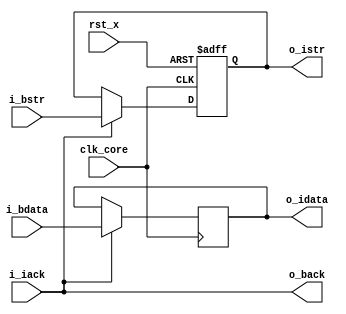
// This program was cloned from: https://github.com/Kenji-Ishimaru/polyphony
// License: MIT License

//=======================================================================
// Project Polyphony
//
// File:
//   fm_3d_mu_cif.v
//
// Abstract:
//   Memory interconnect command interface in 3d core
//
//  Created:
//    9 October 2008
//
// Copyright (c) 2008  Kenji Ishimaru, All rights reserved.
//
//======================================================================
//
// Copyright (c) 2020, Kenji Ishimaru
// All rights reserved.
//
// Redistribution and use in source and binary forms, with or without
// modification, are permitted provided that the following conditions are met:
//
//  -Redistributions of source code must retain the above copyright notice,
//   this list of conditions and the following disclaimer.
//  -Redistributions in binary form must reproduce the above copyright notice,
//   this list of conditions and the following disclaimer in the documentation
//   and/or other materials provided with the distribution.
//
// THIS SOFTWARE IS PROVIDED BY THE COPYRIGHT HOLDERS AND CONTRIBUTORS "AS IS"
// AND ANY EXPRESS OR IMPLIED WARRANTIES, INCLUDING, BUT NOT LIMITED TO,
// THE IMPLIED WARRANTIES OF MERCHANTABILITY AND FITNESS FOR A PARTICULAR
// PURPOSE ARE DISCLAIMED. IN NO EVENT SHALL THE COPYRIGHT HOLDER OR
// CONTRIBUTORS BE LIABLE FOR ANY DIRECT, INDIRECT, INCIDENTAL, SPECIAL,
// EXEMPLARY, OR CONSEQUENTIAL DAMAGES (INCLUDING, BUT NOT LIMITED TO,
// PROCUREMENT OF SUBSTITUTE GOODS OR SERVICES; LOSS OF USE, DATA, OR PROFITS;
// OR BUSINESS INTERRUPTION) HOWEVER CAUSED AND ON ANY THEORY OF LIABILITY,
// WHETHER IN CONTRACT, STRICT LIABILITY, OR TORT (INCLUDING NEGLIGENCE OR
// OTHERWISE) ARISING IN ANY WAY OUT OF THE USE OF THIS SOFTWARE,
// EVEN IF ADVISED OF THE POSSIBILITY OF SUCH DAMAGE.
//

module fm_3d_mu_cif (
  clk_core,
  rst_x,
  // bus side port
  i_bstr,
  i_bdata,
  o_back,
  // internal port
  o_istr,
  o_idata,
  i_iack
);
parameter P_WIDTH = 30;

////////////////////////////
// I/O definitions
////////////////////////////
input         i_bstr;         // input strobe
input  [P_WIDTH-1:0]
              i_bdata;        // input data
output        o_back;         // output acknowledge

output        o_istr;         // output strobe
output [P_WIDTH-1:0]
              o_idata;        // output data
input         i_iack;         // input acknowledge

input         clk_core;            // system clock
input         rst_x;          // system reset

/////////////////////////
//  register definition
/////////////////////////
// input register
reg           r_bstr;
reg    [P_WIDTH-1:0]
              r_bdata;

/////////////////////////
//  wire definition
/////////////////////////
/////////////////////////
//  assign statement
/////////////////////////
assign o_istr = r_bstr;
assign o_idata = r_bdata;
assign o_back = i_iack;
/////////////////////////
//  always statement
/////////////////////////
always @(posedge clk_core or negedge rst_x) begin
  if (~rst_x) begin
    r_bstr <= 1'b0;
  end else begin
    if (i_iack) r_bstr <= i_bstr;
  end
end

always @(posedge clk_core) begin
  if (i_iack) r_bdata <= i_bdata;
end


endmodule